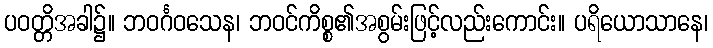
ပဝတ္တိအခါ၌။ ဘဝင်္ဂဝသေန၊ ဘဝင်ကိစ္စ၏အစွမ်းဖြင့်လည်းကောင်း။ ပရိယောသာနေ၊